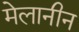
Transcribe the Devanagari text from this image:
मेलानीन